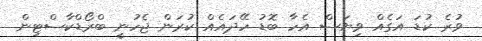
ވުރެ ކުޑަ އަގެއް ވިޔަސް އެހާ ބޮޑު ހޭދައެއް ކުރަން ޖެހުނީ ބްރޯޑްކާސްޓިން